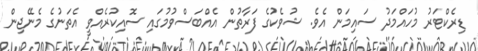
ޑިރެކްޓަރު މުހައްމަދު ސައިމަން އެވެ. ޝުވެކުގެ ފަރާތުން އެއްްބަސްވުމުގައި ސޮއިކުރެއްވީ އެތަނުގެ މެނޭޖިން